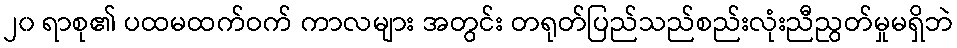
၂၀ ရာစု၏ ပထမထက်ဝက် ကာလများ အတွင်း တရုတ်ပြည်သည်စည်းလုံးညီညွတ်မှုမရှိဘဲ